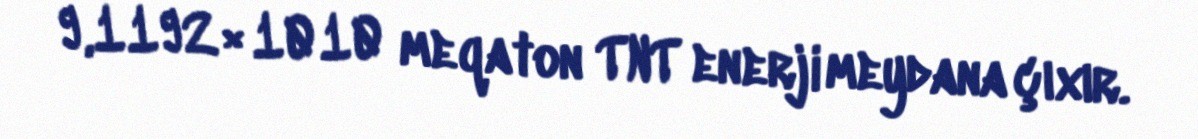
9,1192×1010 meqaton TNT enerji meydana çıxır.